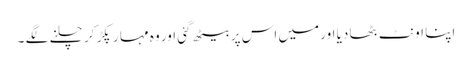
اپنا اونٹ بٹھا دیا اور میں اس پر بیٹھ گئی اور وہ مہا ر پکڑ کر چلنے لگے ۔